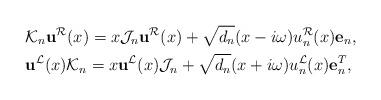
LaTeX: \begin{align*}&\mathcal{K}_n\mathbf{u}^{\mathcal{R}}(x)=x\mathcal{J}_n\mathbf{u}^{\mathcal{R}}(x)+\sqrt{d_{n}}(x-i\omega)u_{n}^{\mathcal{R}}(x)\mathbf{e}_n, \\&\mathbf{u}^{\mathcal{L}}(x)\mathcal{K}_n=x\mathbf{u}^{\mathcal{L}}(x)\mathcal{J}_n+\sqrt{d_{n}}(x+i\omega)u_{n}^{\mathcal{L}}(x)\mathbf{e}_n^{T}, \end{align*}